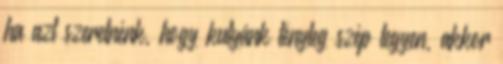
ha azt szeretnénk, hogy kutyánk tényleg szép legyen, akkor